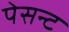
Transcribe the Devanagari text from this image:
पेसन्ट